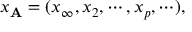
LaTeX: x _ { { \bf A } } = ( x _ { \infty } , x _ { 2 } , \cdots , x _ { p } , \cdots ) ,